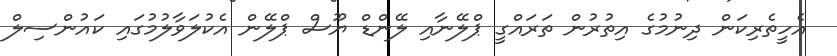
އެހީތެރިކަން ދިނުމުގެ އިތުރުން ތަރައްގީ ޕްލޭނާއި ލޭންޑް ޔޫސް ޕްލޭން އެކުލަވާލުމުގައި ކައުންސިލް